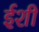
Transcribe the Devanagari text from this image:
ईशी